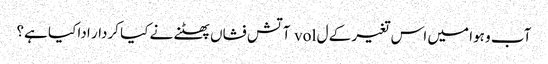
آب و ہوا میں اس تغیر کے ل vol آتش فشاں پھٹنے نے کیا کردار ادا کیا ہے؟